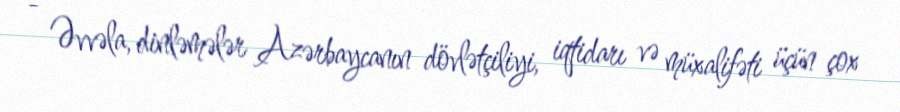
- Əvvəla, dinləmələr Azərbaycanın dövlətçiliyi, iqtidarı və müxalifəti üçün çox